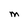
Character: M